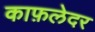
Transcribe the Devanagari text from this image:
काफ़लेदर